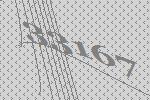
33167